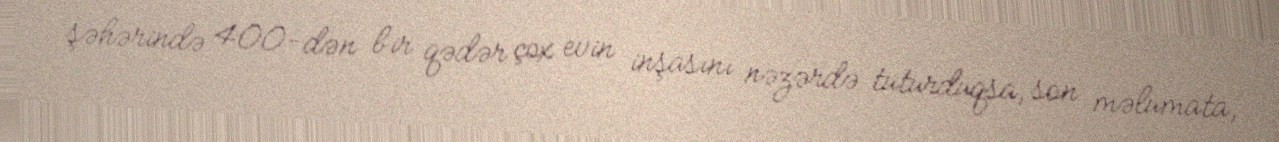
şəhərində 400-dən bir qədər çox evin inşasını nəzərdə tuturduqsa, son məlumata,